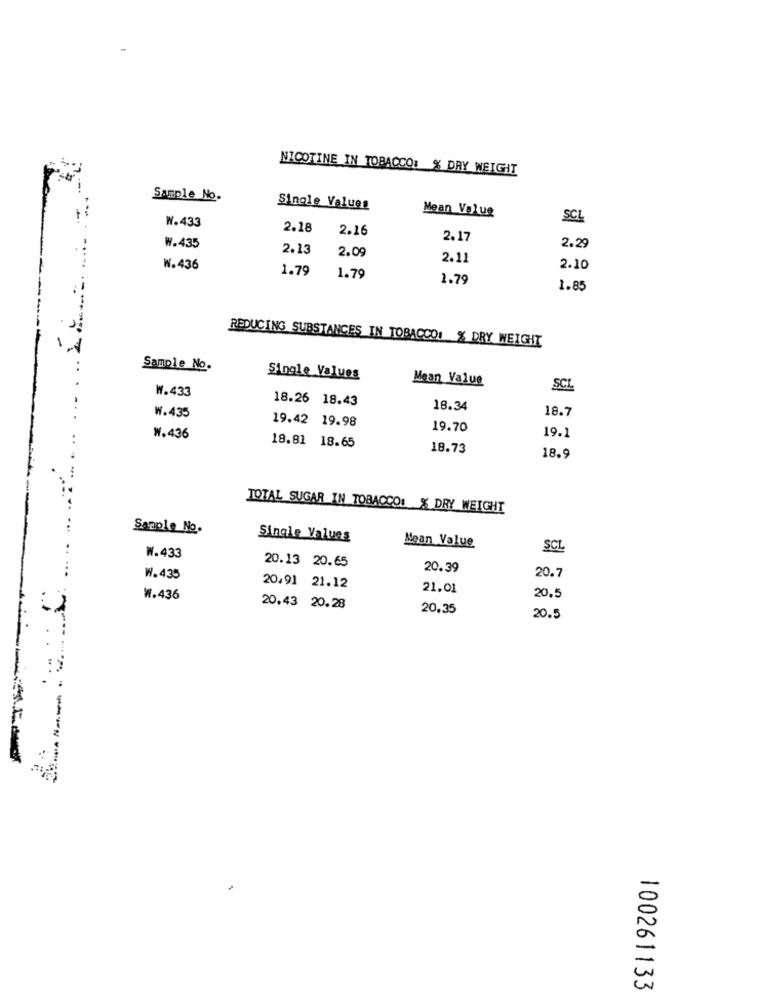
NICOTINE IN TOBACCO: % DRY WEIGHT
Sample No.
Single Values
-
Mean Value
SCL
W.433
2.18
2.16
2.17
W.435
2.13
2.09
2.29
2.11
W.436
1.79
2.10
1.79
1.79
1.85
REDUCING SUBSTANCES IN TOBACCO: % DRY WEIGHT
Sample No.
Single Values
Mean Value
W.433
SCL
18.26 18.43
18.34
18.7
W.435
19.42 19.98
19.70
W.436
19.1
18.81 18.65
18.73
18.9
TOTAL SUGAR IN TOBACCO: % DRY WEIGHT
Sample No.
Single Values
Mean Value
SCL
W.433
20.13 20.65
20.39
W.435
20.7
20.91 21.12
21.01
W.436
20.5
20.43 20.28
20.35
20.5
100261133